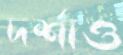
দর্শাও